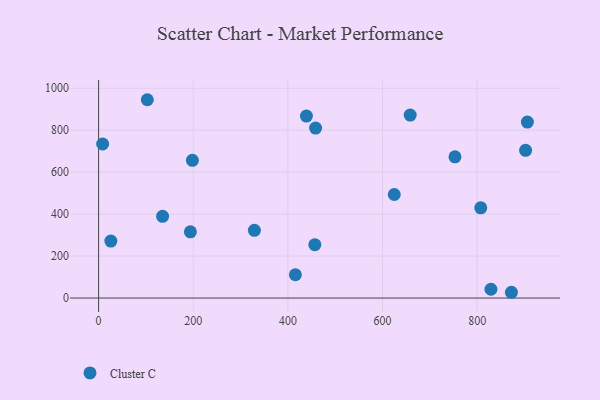
{"axis": {"x": "Ad Spend", "y": "Profit"}, "legend": ["Cluster C"], "data": [{"x": "415.8", "y": 111.1, "type": "Cluster C"}, {"x": "458.5", "y": 810.1, "type": "Cluster C"}, {"x": "456.9", "y": 254.6, "type": "Cluster C"}, {"x": "135.2", "y": 389.6, "type": "Cluster C"}, {"x": "193.9", "y": 315.4, "type": "Cluster C"}, {"x": "25.9", "y": 271.5, "type": "Cluster C"}, {"x": "624.7", "y": 493.5, "type": "Cluster C"}, {"x": "102.9", "y": 945.3, "type": "Cluster C"}, {"x": "658.4", "y": 871.9, "type": "Cluster C"}, {"x": "198.2", "y": 656.4, "type": "Cluster C"}, {"x": "906.0", "y": 838.9, "type": "Cluster C"}, {"x": "753.0", "y": 673.3, "type": "Cluster C"}, {"x": "872.3", "y": 27.5, "type": "Cluster C"}, {"x": "829.0", "y": 41.9, "type": "Cluster C"}, {"x": "807.5", "y": 430.2, "type": "Cluster C"}, {"x": "329.2", "y": 322.7, "type": "Cluster C"}, {"x": "439.1", "y": 867.4, "type": "Cluster C"}, {"x": "902.2", "y": 704.0, "type": "Cluster C"}, {"x": "8.5", "y": 734.2, "type": "Cluster C"}]}